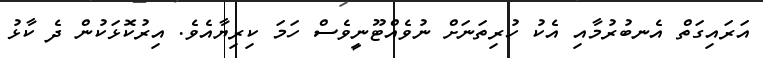
އަރައިގަތް އެނބުރުމާއި އެކު ހުރިތަނަށް ނުވެއްޓޫނީވެސް ހަމަ ކިރިޔާއެވެ. އިރުކޮޅަކުން ދެ ކާޅު